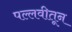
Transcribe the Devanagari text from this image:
पल्लवीतून